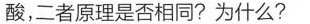
酸，二者原理是否相同?为什么?